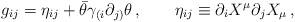
LaTeX: \begin{align*}g_{ij} = \eta_{ij} + \bar\theta \gamma_{(i}\partial_{j)}\theta\,,\qquad \eta_{ij} \equiv \partial_i X^\mu \partial_j X_\mu\,,\end{align*}